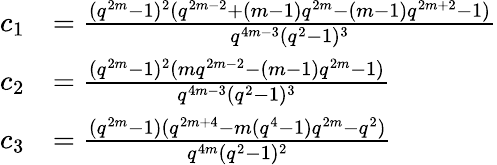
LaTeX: \begin{array}{rl}{c_{1}}&{=\frac{(q^{2m}-1)^{2}(q^{2m-2}+(m-1)q^{2m}-(m-1)q^{2m+2}-1)}{q^{4m-3}(q^{2}-1)^{3}}}\\ {c_{2}}&{=\frac{(q^{2m}-1)^{2}(mq^{2m-2}-(m-1)q^{2m}-1)}{q^{4m-3}(q^{2}-1)^{3}}}\\ {c_{3}}&{=\frac{(q^{2m}-1)(q^{2m+4}-m(q^{4}-1)q^{2m}-q^{2})}{q^{4m}(q^{2}-1)^{2}}}\end{array}